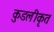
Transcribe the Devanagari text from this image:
कुडलीकृत